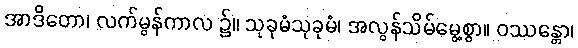
အာဒိတော၊ လက်မွန်ကာလ ၌။ သုခုမံသုခုမံ၊ အလွန်သိမ်မွေ့စွာ။ ဝဿန္တော၊